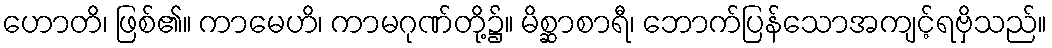
ဟောတိ၊ ဖြစ်၏။ ကာမေဟိ၊ ကာမဂုဏ်တို့၌။ မိစ္ဆာစာရီ၊ ဘောက်ပြန်သောအကျင့်ရဗှိသည်။